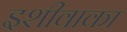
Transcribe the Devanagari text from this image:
इशीवाका